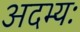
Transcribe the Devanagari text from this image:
अदभ्यः